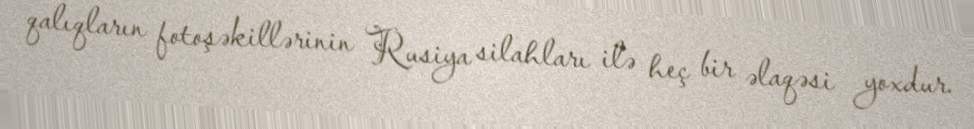
qalıqların fotoşəkillərinin Rusiya silahları ilə heç bir əlaqəsi yoxdur.